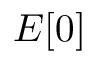
E [ 0 ]